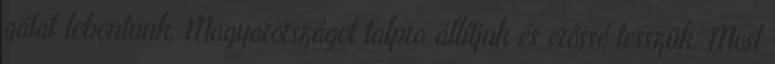
gátat lebontunk, Magyarországot talpra állítjuk és erőssé tesszük. Most